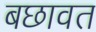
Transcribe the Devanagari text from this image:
बछावत